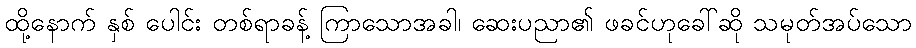
ထို့နောက် နှစ် ပေါင်း တစ်ရာခန့် ကြာသောအခါ၊ ဆေးပညာ၏ ဖခင်ဟုခေါ်ဆို သမုတ်အပ်သော